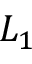
L _ { 1 }